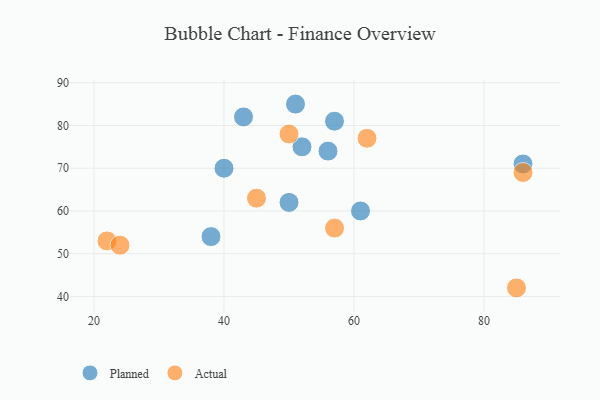
{"axis": {"x": "GDP", "y": "Life Expectancy"}, "legend": ["Actual", "Planned"], "data": [{"x": "40", "y": 70, "type": "Planned"}, {"x": "56", "y": 74, "type": "Planned"}, {"x": "57", "y": 81, "type": "Planned"}, {"x": "52", "y": 75, "type": "Planned"}, {"x": "50", "y": 62, "type": "Planned"}, {"x": "86", "y": 71, "type": "Planned"}, {"x": "43", "y": 82, "type": "Planned"}, {"x": "51", "y": 85, "type": "Planned"}, {"x": "61", "y": 60, "type": "Planned"}, {"x": "38", "y": 54, "type": "Planned"}, {"x": "86", "y": 69, "type": "Actual"}, {"x": "57", "y": 56, "type": "Actual"}, {"x": "45", "y": 63, "type": "Actual"}, {"x": "22", "y": 53, "type": "Actual"}, {"x": "24", "y": 52, "type": "Actual"}, {"x": "62", "y": 77, "type": "Actual"}, {"x": "50", "y": 78, "type": "Actual"}, {"x": "85", "y": 42, "type": "Actual"}]}